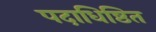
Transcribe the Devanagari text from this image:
पदाधिष्ठित